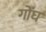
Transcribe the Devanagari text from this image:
गोंघ